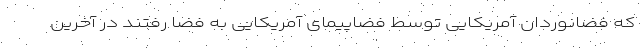
که فضانوردان آمریکایی توسط فضاپیمای آمریکایی به فضا رفتند در آخرین